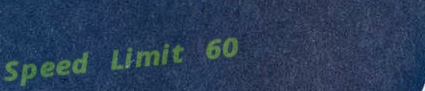
Speed Limit 60